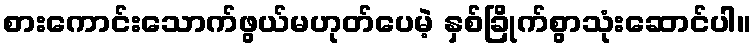
စားကောင်းသောက်ဖွယ်မဟုတ်ပေမဲ့ နှစ်ခြိုက်စွာသုံးဆောင်ပါ။